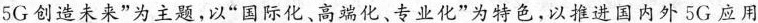
5G创造未来”为主题，以”国际化、高端化、专业化”为特色，以推进国内外5G应用